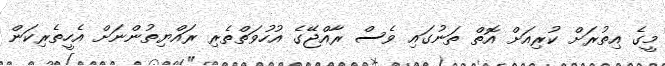
މީގެ އިތުރަށް ކުރިއަށް އޮތް ތަނުގައި ވެސް ރާއްޖޭގެ އުހުވަތްތެރި ރައްޔިތުންނަށް އެހީތެރިކަން